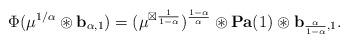
LaTeX: \begin{align*} \Phi(\mu^{1/\alpha}\circledast\mathbf{b}_{\alpha,1})= (\mu^{\boxtimes \frac{1}{1-\alpha}})^{\frac{1-\alpha}{\alpha}} \circledast \mathbf{Pa}(1)\circledast\mathbf{b}_{\frac{\alpha}{1-\alpha},1}. \end{align*}